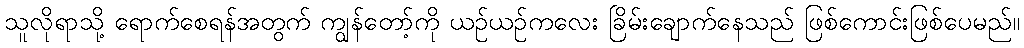
သူလိုရာသို့ ရောက်စေရန်အတွက် ကျွန်တော့်ကို ယဉ်ယဉ်ကလေး ခြိမ်းချောက်နေသည် ဖြစ်ကောင်းဖြစ်ပေမည်။